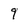
Character: 9